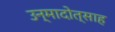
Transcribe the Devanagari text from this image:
उन्मादोत्साह